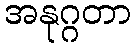
အနုဂ္ဂတာ